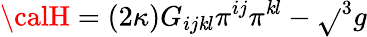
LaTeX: {\calH}=\left(2\kappa\right)G_{ij\mathit{k}l}\pi^{ij}\pi^{\mathit{k}l}-\sqrt{}{{^{3}g}}